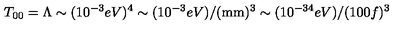
T _ { 0 0 } = \Lambda \sim ( 1 0 ^ { - 3 } e V ) ^ { 4 } \sim ( 1 0 ^ { - 3 } e V ) / ( \mathrm { m m } ) ^ { 3 } \sim ( 1 0 ^ { - 3 4 } e V ) / ( 1 0 0 f ) ^ { 3 }